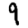
Digit: 9